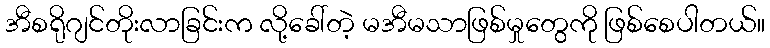
အီစရိုဂျင်တိုးလာခြင်းက လို့ခေါ်တဲ့ မအီမသာဖြစ်မှုတွေကို ဖြစ်စေပါတယ်။